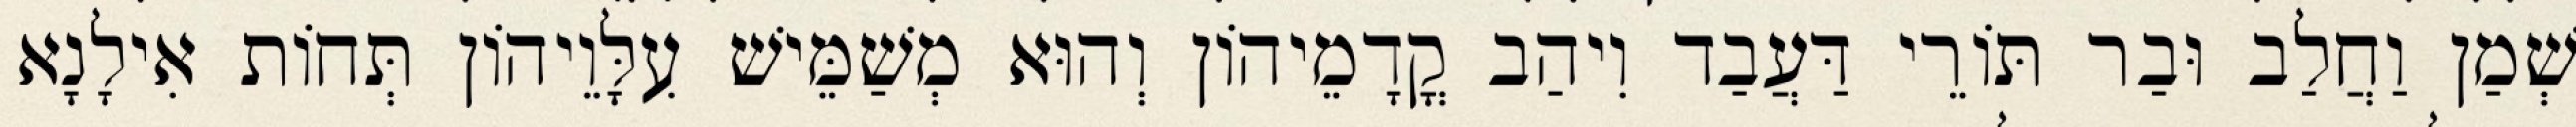
שְׁמַן וַחֲלַב וּבַר תּוֹרֵי דַּעֲבַד וִיהַב קֳדָמֵיהוֹן וְהוּא מְשַׁמֵּישׁ עִלָּוֵיהוֹן תְּחוֹת אִילָנָא